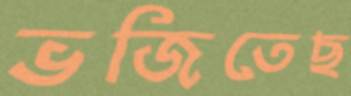
ভজিতেছ